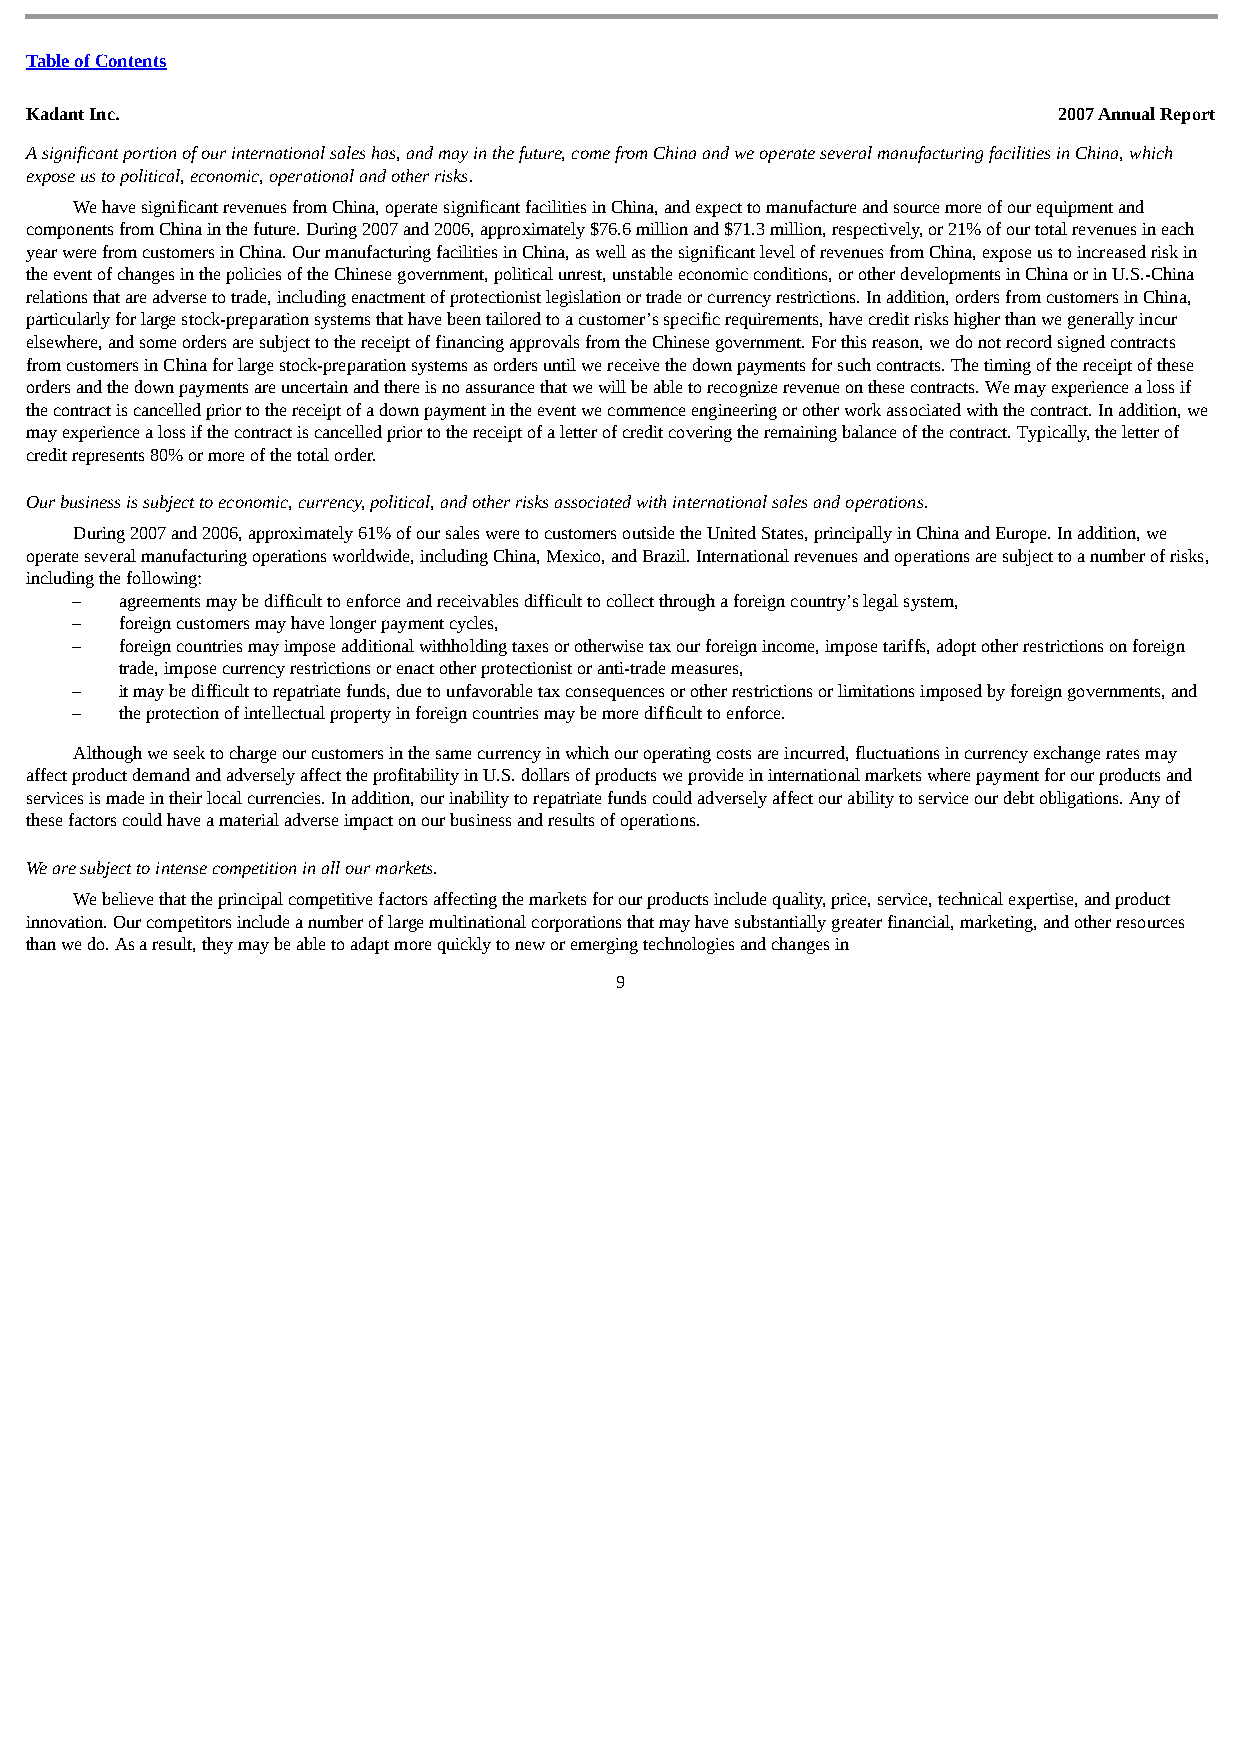
Table of Contents
 Kadant Inc.                                                         2007 Annual Report
 A significant portion of our international sales has, and may in the future, come from China and we operate several manufacturing facilities in China, which
 expose us to political, economic, operational and other risks.
 We have significant revenues from China, operate significant facilities in China, and expect to manufacture and source more of our equipment and
 components from China in the future. During 2007 and 2006, approximately $76.6 million and $71.3 million, respectively, or 21% of our total revenues in each
 year were from customers in China. Our manufacturing facilities in China, as well as the significant level of revenues from China, expose us to increased risk in
 the event of changes in the policies of the Chinese government, political unrest, unstable economic conditions, or other developments in China or in U.S.-China
 relations that are adverse to trade, including enactment of protectionist legislation or trade or currency restrictions. In addition, orders from customers in China,
 particularly for large stock-preparation systems that have been tailored to a customer’s specific requirements, have credit risks higher than we generally incur
 elsewhere, and some orders are subject to the receipt of financing approvals from the Chinese government. For this reason, we do not record signed contracts
 from customers in China for large stock-preparation systems as orders until we receive the down payments for such contracts. The timing of the receipt of these
 orders and the down payments are uncertain and there is no assurance that we will be able to recognize revenue on these contracts. We may experience a loss if
 the contract is cancelled prior to the receipt of a down payment in the event we commence engineering or other work associated with the contract. In addition, we
 may experience a loss if the contract is cancelled prior to the receipt of a letter of credit covering the remaining balance of the contract. Typically, the letter of
 credit represents 80% or more of the total order.
 Our business is subject to economic, currency, political, and other risks associated with international sales and operations.
 During 2007 and 2006, approximately 61% of our sales were to customers outside the United States, principally in China and Europe. In addition, we
 operate several manufacturing operations worldwide, including China, Mexico, and Brazil. International revenues and operations are subject to a number of risks,
 including the following:
 –  agreements may be difficult to enforce and receivables difficult to collect through a foreign country’s legal system,
 –  foreign customers may have longer payment cycles,
 –  foreign countries may impose additional withholding taxes or otherwise tax our foreign income, impose tariffs, adopt other restrictions on foreign
 trade, impose currency restrictions or enact other protectionist or anti-trade measures,
 –  it may be difficult to repatriate funds, due to unfavorable tax consequences or other restrictions or limitations imposed by foreign governments, and
 –  the protection of intellectual property in foreign countries may be more difficult to enforce.
 Although we seek to charge our customers in the same currency in which our operating costs are incurred, fluctuations in currency exchange rates may
 affect product demand and adversely affect the profitability in U.S. dollars of products we provide in international markets where payment for our products and
 services is made in their local currencies. In addition, our inability to repatriate funds could adversely affect our ability to service our debt obligations. Any of
 these factors could have a material adverse impact on our business and results of operations.
 We are subject to intense competition in all our markets.
 We believe that the principal competitive factors affecting the markets for our products include quality, price, service, technical expertise, and product
 innovation. Our competitors include a number of large multinational corporations that may have substantially greater financial, marketing, and other resources
 than we do. As a result, they may be able to adapt more quickly to new or emerging technologies and changes in
 9